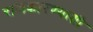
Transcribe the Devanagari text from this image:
राजकारण्याशी